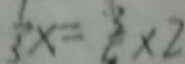
\frac { 1 } { 3 } x = \frac { 3 } { 2 } \times 2